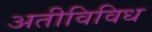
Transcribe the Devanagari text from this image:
अतीविविध